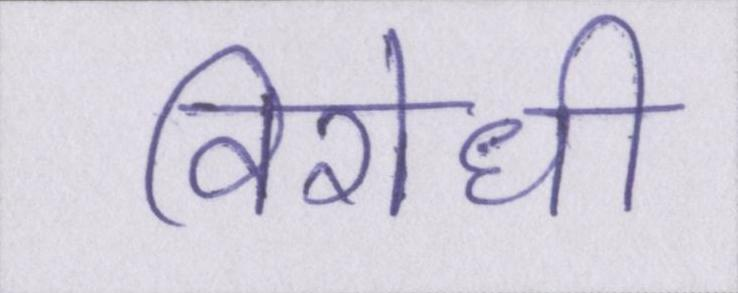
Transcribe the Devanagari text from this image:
विरोधी